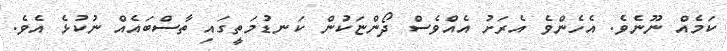
ކަމެއް ނޫނެވެ. އެހެންވެ އެރަށު އެއްވެސް ދޯންޏަކުން ކަނޑުމަތީގައި ތާސްބައެއް ނުކުޅެ އެވެ.